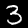
Label: 3